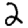
Digit: 2